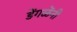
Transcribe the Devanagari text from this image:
डेंगळेंनी